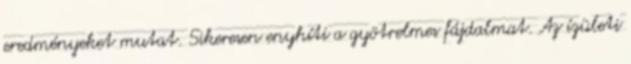
eredményeket mutat. Sikeresen enyhíti a gyötrelmes fájdalmat. Az ízületi